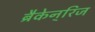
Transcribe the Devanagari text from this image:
ब्रैकेन्‌रिज